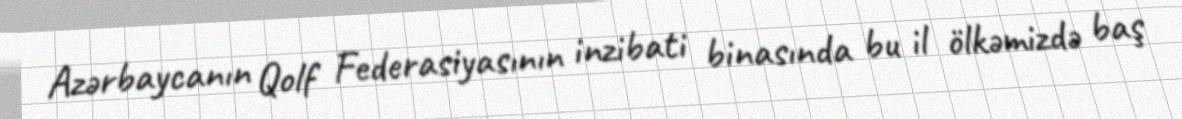
Azərbaycanın Qolf Federasiyasının inzibati binasında bu il ölkəmizdə baş